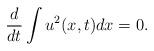
LaTeX: \begin{align*}\frac{d}{dt}\int u^2(x,t)dx=0.\end{align*}